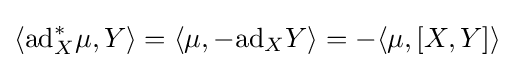
\langle \mathrm {ad} _{X}^{*}\mu ,Y\rangle =\langle \mu ,-\mathrm {ad} _{X}Y\rangle =-\langle \mu ,[X,Y]\rangle